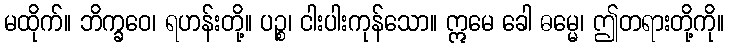
မထိုက်။ ဘိက္ခဝေ၊ ရဟန်းတို့။ ပဉ္စ၊ ငါးပါးကုန်သော။ ဣမေ ခေါ ဓမ္မေ၊ ဤတရားတို့ကို။